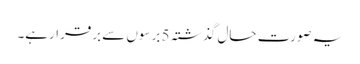
یہ صورت حال گذشتہ 5 برسوں سے برقرارہے۔